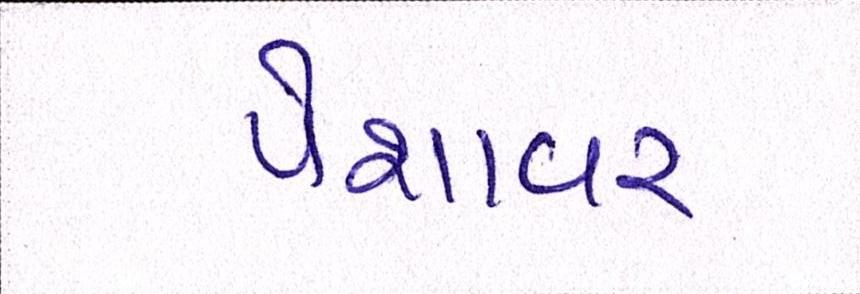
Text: પેશાવર